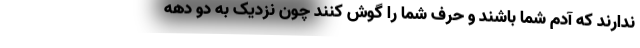
ندارند که آدم شما باشند و حرف شما را گوش کنند چون نزدیک به دو دهه